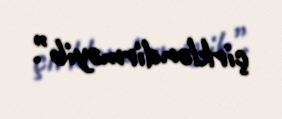
çirkləndirməyib”.